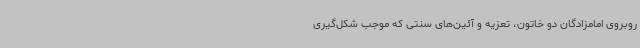
روبروی امامزادگان دو خاتون، تعزیه و آئین‌های سنتی که موجب شکل‌گیری